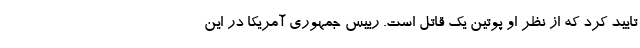
تایید کرد که از نظر او پوتین یک قاتل است. رییس جمهوری آمریکا در این